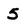
Character: 5